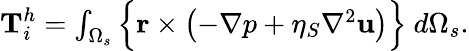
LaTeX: \begin{array}{r}{\textbf{T}_{i}^{h}=\int_{\Omega_{s}}\Big\{ \textbf{r}\times\left(-\nabla p+\eta_{S}\nabla^{2}\textbf{u}\right)\Big\} ~d\Omega_{s}.}\end{array}